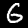
Digit: 6